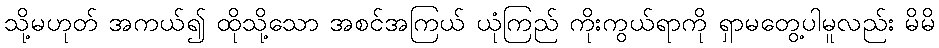
သို့မဟုတ် အကယ်၍ ထိုသို့သော အစင်အကြယ် ယုံကြည် ကိုးကွယ်ရာကို ရှာမတွေ့ပါမူလည်း မိမိ